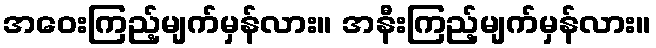
အဝေးကြည့်မျက်မှန်လား။ အနီးကြည့်မျက်မှန်လား။